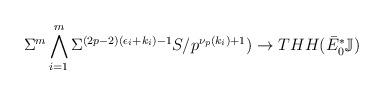
LaTeX: \begin{align*} \Sigma^m \bigwedge_{i=1}^{m}\Sigma^{(2p-2)(\epsilon_i+k_i)-1}S/p^{\nu_p(k_i)+1})\to THH(\bar{E}_0^*\mathbb{J}) \end{align*}